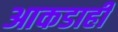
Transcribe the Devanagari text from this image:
आकडाही